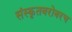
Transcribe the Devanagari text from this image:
संस्कृतबरोबरच